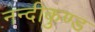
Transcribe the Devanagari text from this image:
नन्दीकुण्ड